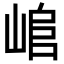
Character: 𡸬